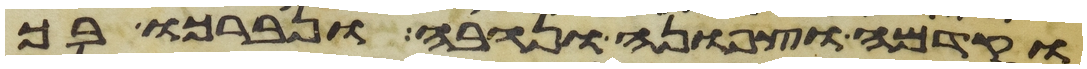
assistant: וקדמה וצפונה ונגבה ונברכו בך